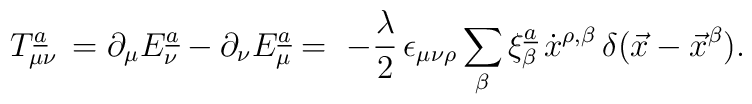
T_{\mu \nu}\sp{\underline{a}}\,=\partial_{\mu} E^{\underline{a}}_{\nu} -\partial_{\nu} E^{\underline{a}}_{\mu}= \,\,-{\lambda\over 2}\,\epsilon_{\mu\nu\rho}\sum\limits_{\beta} \xi_{\beta}\sp{\underline{a}}\,\dot x\sp{\rho,\beta}\,\delta(\vec{x}-\vec{x}\sp{\beta}).